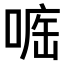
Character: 𠷄